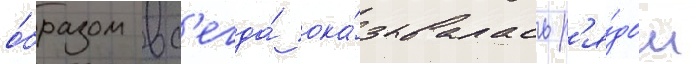
о́бразом вс'егда́ ока́зывалась р'я́дом